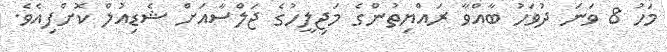
މަހު 8 ވަނަ ދުވަހު ބާއްވާ ރައްޔިތުންގެ މަޖިލީހުގެ ޖަލްސާއަށް ޝެޑިއުލް ކޮށްފިއެވެ.